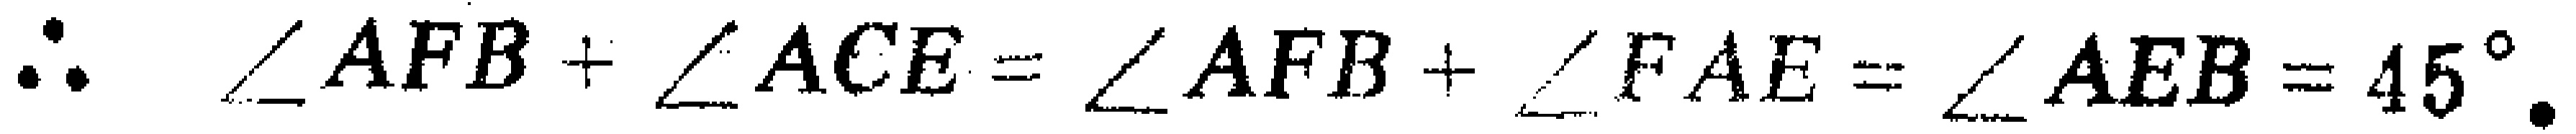
\(\therefore \angle AFB + \angle ACE = \angle AFB + \angle FAE = \angle AEB = 45^{\circ}.\)